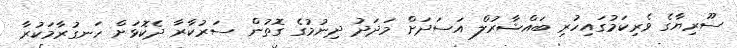
ސޫރިޔާގެ ވެރިކަމުގައިހުރި ބައްޝާރުލް އަސަދަށް މަދަދު ދިނުމުގެ ގޮތުން ސަރުކާރާ ދެކޮޅަށް ހަނގުރާމަކުރާ